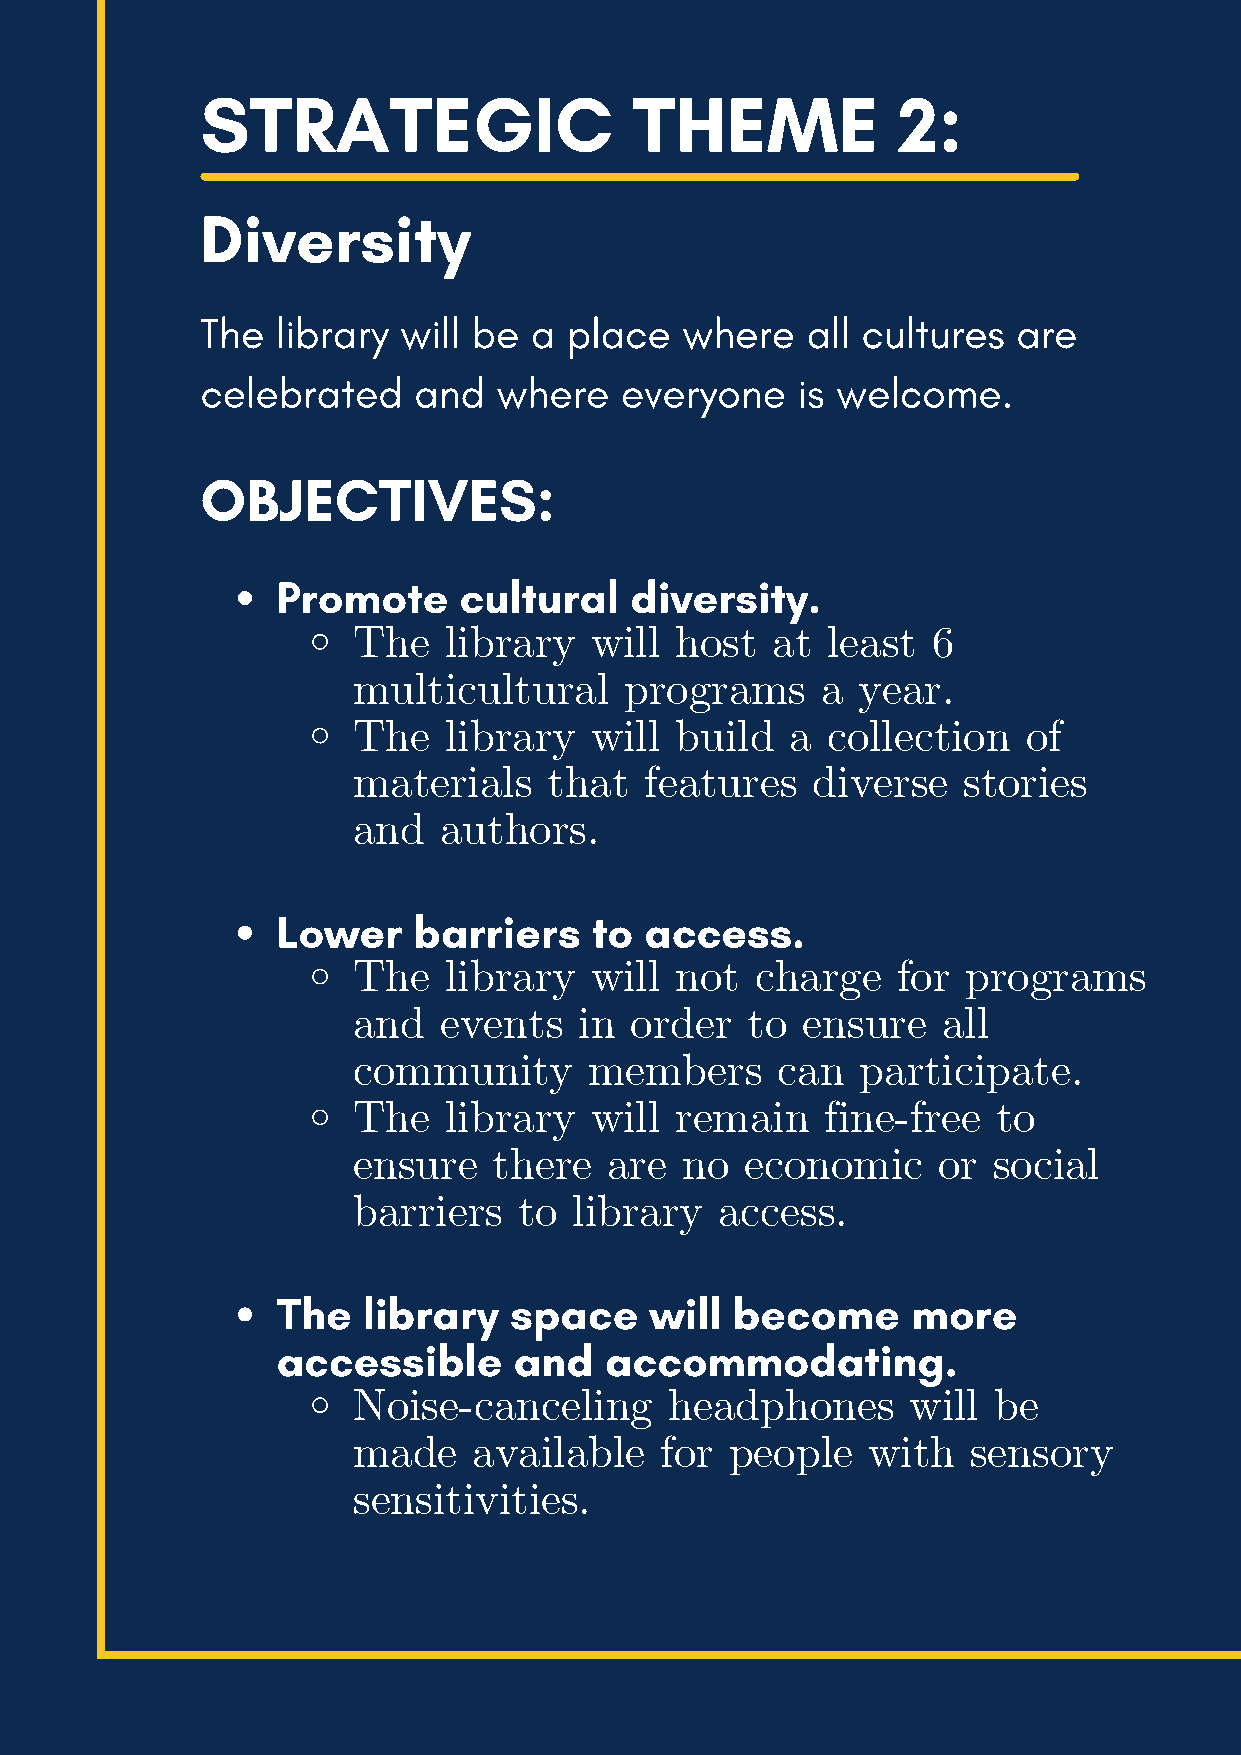
STRATEGIC                    THEME            2:
 Diversity
 The  library  will be a  place  where   all cultures  are
 celebrated    and   where   everyone    is welcome.
 OBJECTIVES:
 Promote     cultural    diversity.
 The   library   will  host  at  least  6
 multicultural     programs     a  year.
 The   library   will  build  a  collection   of
 materials    that   features   diverse   stories
 and   authors.
 Lower    barriers    to  access.
 The   library   will  not  charge   for  programs
 and   events   in  order  to  ensure   all
 community       members     can   participate.
 The   library   will  remain    fine-free  to
 ensure    there  are  no  economic     or  social
 barriers   to  library   access.
 The   library   space    will become      more
 accessible      and   accommodating.
 Noise-canceling      headphones      will  be
 made    available    for people   with   sensory
 sensitivities.